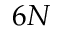
6 N